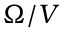
\Omega / V